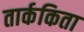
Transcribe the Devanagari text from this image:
तार्ककिता